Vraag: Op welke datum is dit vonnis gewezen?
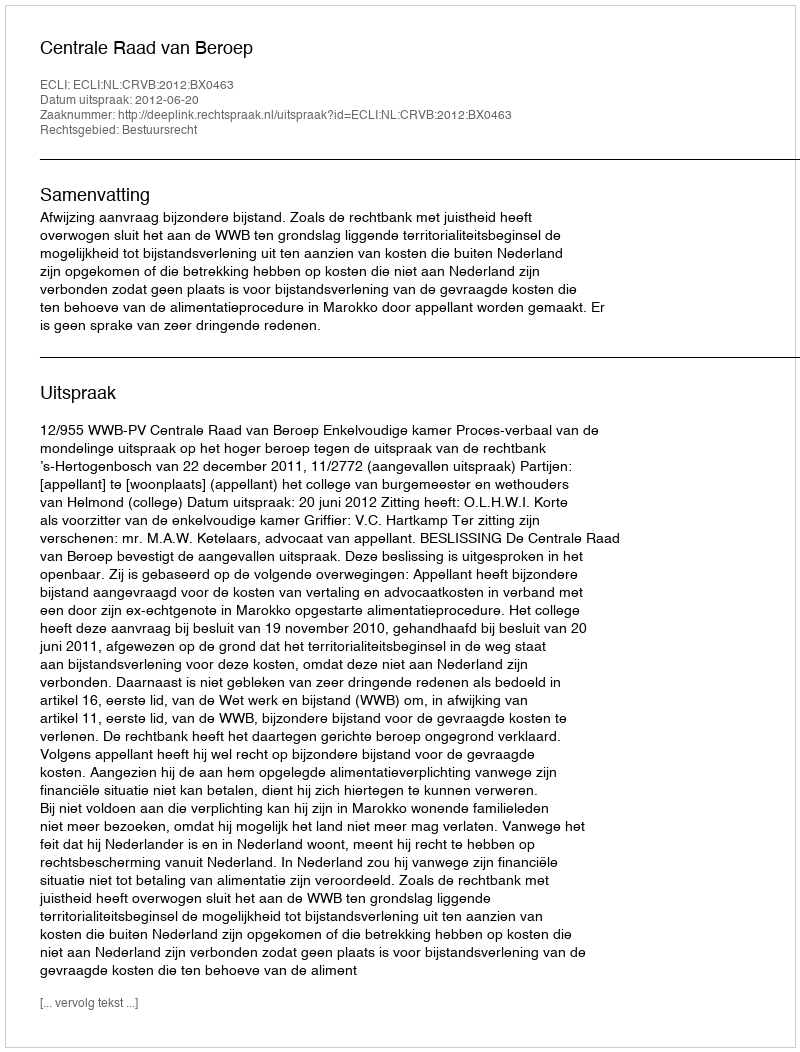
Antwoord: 2012-06-20